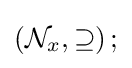
\left({\mathcal {N}}_{x},\supseteq \right);